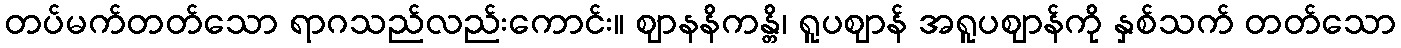
တပ်မက်တတ်သော ရာဂသည်လည်းကောင်း။ ဈာနနိကန္တိ၊ ရူပဈာန် အရူပဈာန်ကို နှစ်သက် တတ်သော